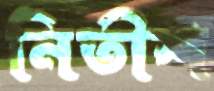
নিতীশ